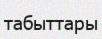
табыттары